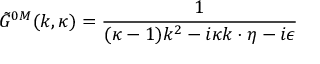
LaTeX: \tilde { G } ^ { 0 M } ( k , \kappa ) = { \frac { 1 } { ( \kappa - 1 ) k ^ { 2 } - i \kappa k \cdot \eta - i \epsilon } }